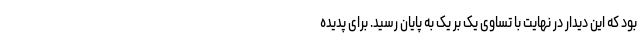
بود که این دیدار در نهایت با تساوی یک بر یک به پایان رسید. برای پدیده